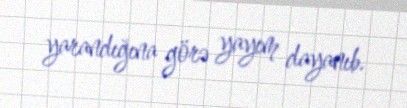
yarandığına görə yayım dayanıb.